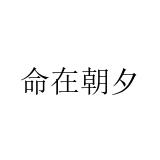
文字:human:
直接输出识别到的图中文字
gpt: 命在朝夕